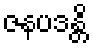
ဇနပဒန္တိ